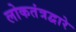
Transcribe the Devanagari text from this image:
लोकतंत्रद्वारे